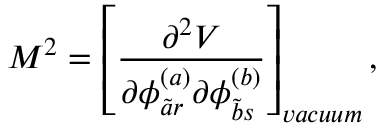
M ^ { 2 } = \left[ \frac { \partial ^ { 2 } V } { \partial \phi _ { \tilde { a } r } ^ { ( a ) } \partial \phi _ { \tilde { b } s } ^ { ( b ) } } \right] _ { v a c u u m } ,